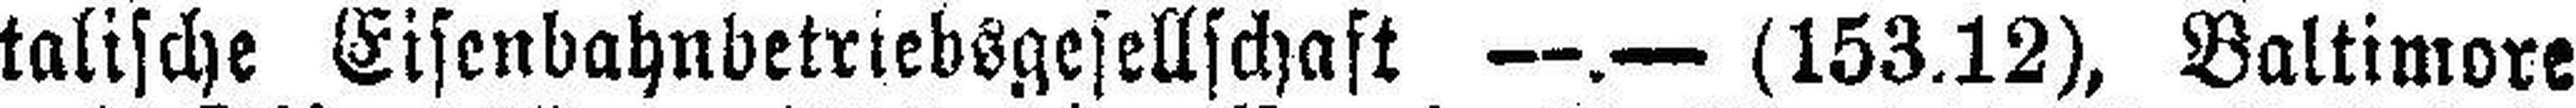
talische Eisenbahnbetriebsgesellschaft —.— (153.12), Baltimore